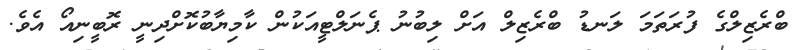
ބްރެޒިލްގެ ފުރަތަމަ ލަނޑު ބްރެޒިލް އަށް ލިބުނު ޕެނަލްޓީއަކުން ކާމިޔާބުކޮށްދިނީ ރޮބީނިއޯ އެވެ.